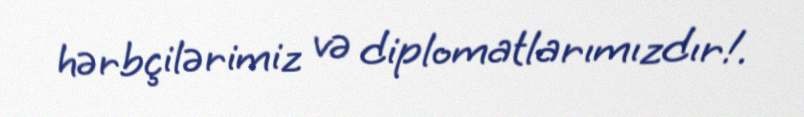
hərbçilərimiz və diplomatlarımızdır!.